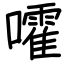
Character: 嚯